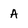
Character: A